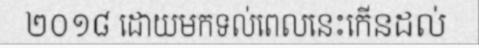
២០១៨ ដោយមកទល់ពេលនេះកើនដល់